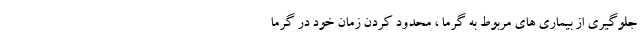
جلوگیری از بیماری های مربوط به گرما ، محدود کردن زمان خود در گرما